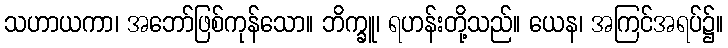
သဟာယကာ၊ အဘော်ဖြစ်ကုန်သော။ ဘိက္ခူ၊ ရဟန်းတို့သည်။ ယေန၊ အကြင်အရပ်၌။